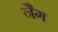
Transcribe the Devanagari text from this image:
नैग